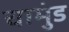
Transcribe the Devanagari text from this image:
चामुंड